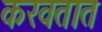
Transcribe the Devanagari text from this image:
करवतात